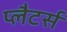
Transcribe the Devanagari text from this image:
प्लैटर्स